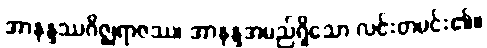
အာနန္ဒဿဂိဇ္ဈရာဇဿ၊ အာနန္ဒအမည်ရှိသော လင်းတမင်း၏။